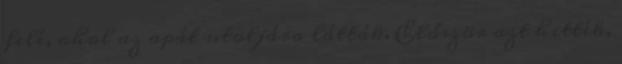
felé, ahol az apát utoljára látták. Először azt hitték,